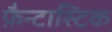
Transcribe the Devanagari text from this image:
फ़ैन्टास्टिक